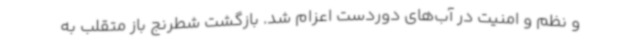
و نظم و امنیت در آب‌های دوردست اعزام شد. بازگشت شطرنج باز متقلب به